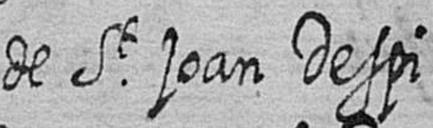
de St joan Despi